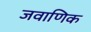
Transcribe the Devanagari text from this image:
जवाणिक